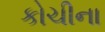
કોચીના